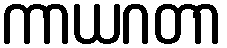
ကာယဂတာ